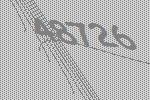
48726